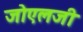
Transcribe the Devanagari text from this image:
जोएलजी